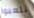
تلعبوا